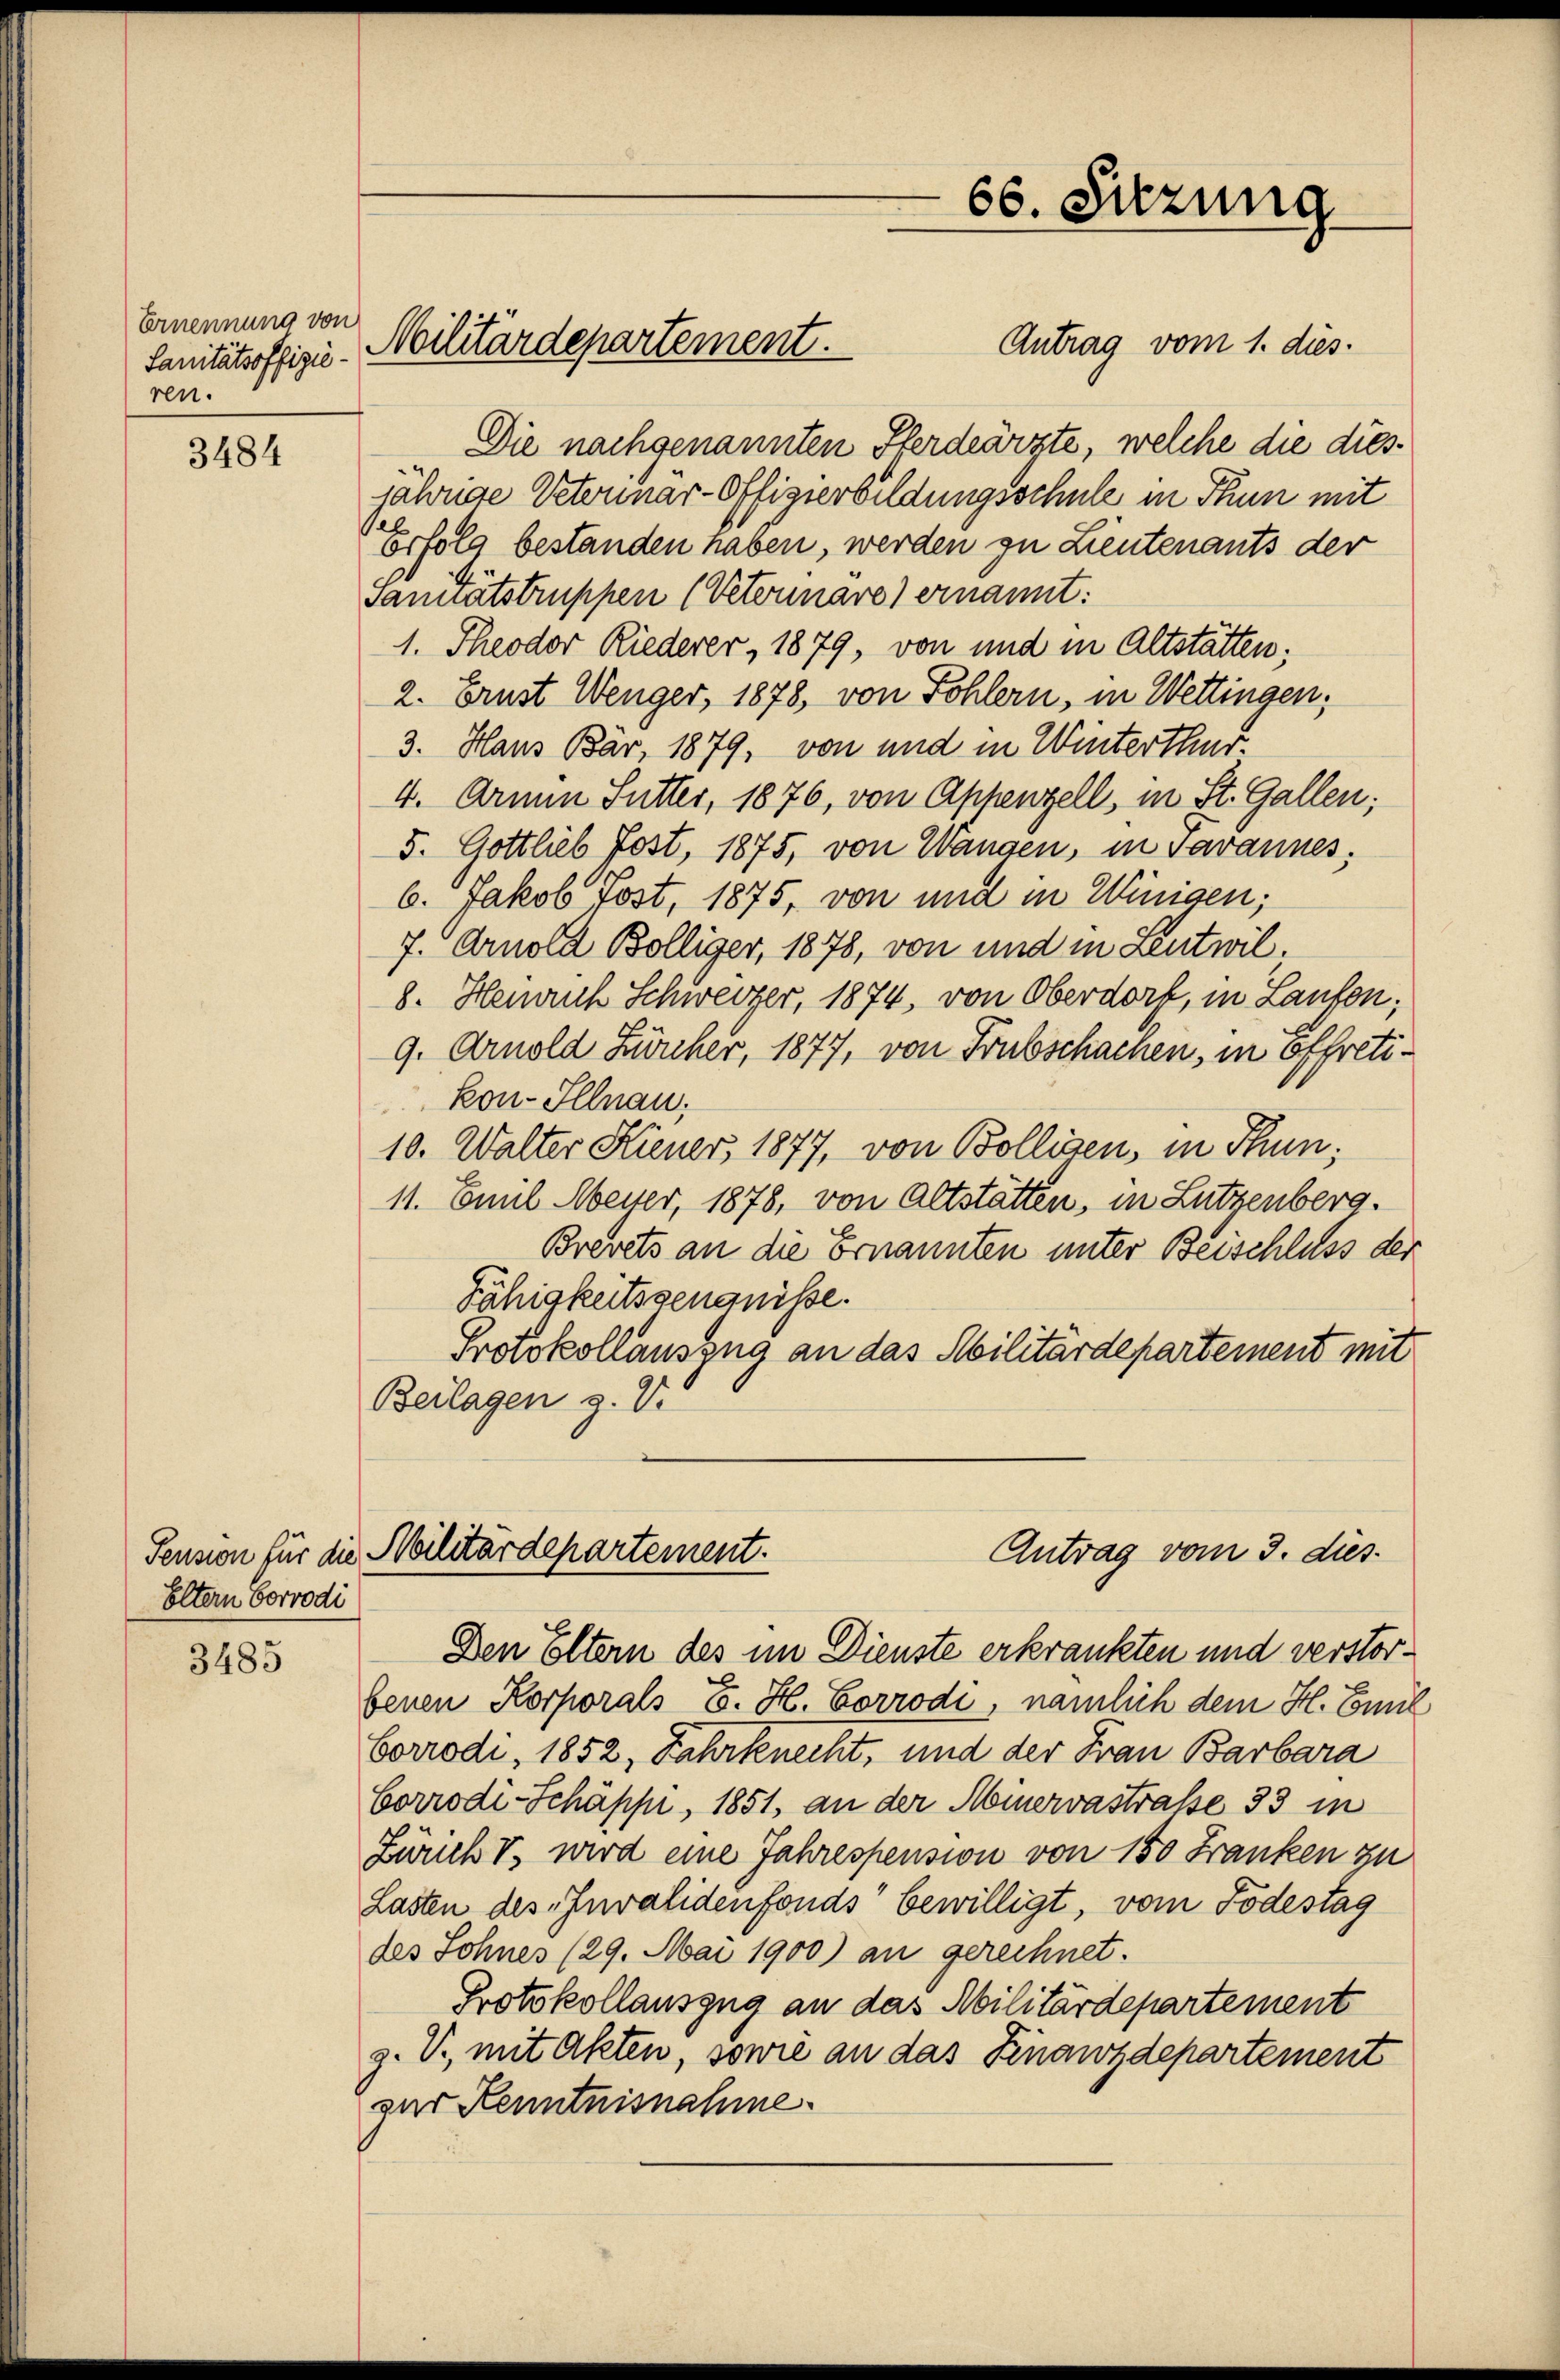
Ernennung von
Sanitätsoffizie-
ren.

3484

Eltern Corrodi

3485

Den Eltern des im Dienste erkrankten und verstorbenen Korporals E. H. Corrodi, nämlich dem H. Emil
Corrodi, 1852, Fahrtenecht, und der Frau Barbara
Corrodi-Schäppi, 1851, an der Meervastrasse 33 in
Zürich I, wird eine Jahrespension von 150 Franken zu
Lasten des Invalidenfonds bewilligt, vom Todestag
des Sohnes (29. Mai 1900) an gerechnet.
Protokollauszug an das Militärdepartement
z. V., mit Akten, sowie an das Finanzdepartement
zur Kenntnisnahme.

Antrag vom 1. dies
Die nachgenannten Pferdeärzte, welche die diesjährige Veterinär-Offizierbildungsschule in Thun mit
orfolg bestanden haben, werden zu Lieutenants der
Samnatstruppen (Veterinars) ernannt:
1. Theodor Riederer, 1879, von und in Altstätten;
2. Brust Wenger, 1878, von Sohlern, in Wettingen;
3. Haus Bär, 1879, von und in Winterthur.
4. Armin Sutter, 1876, von Appenzell, in St. Gallen;
5. Gottlieb Post, 1875, von Wangen, in Javannes:
6. Jakob Tost, 1875, von und in Winigen;
7. Arnold Bölliger, 1878, von und in Zeutwil¬
8. Henrich Schweizer, 1874, von Oberdorf, in Lanken,
9. Arnold Zürcher, 1877, von Trubschachen, in offretikon-Illnau,
10. Walter Hiener 1877, von Bolligen, in Thun,
11. Emil Meyer, 1878, von Altstätten, in Lutzenberg.
Brevets an die Ernannten unter Beischluss der
Fähigkeitszeugnisse.
Protokollauszug an das Militärdepartement mit
Beilagen z. V.

Militärdepartement.

66. Sitzung

Antrag vom 3. dies
Pension für die Militärdepartement.